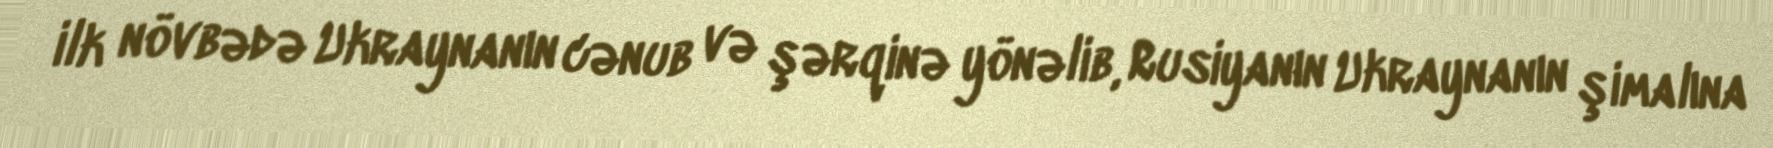
ilk növbədə Ukraynanın cənub və şərqinə yönəlib, Rusiyanın Ukraynanın şimalına